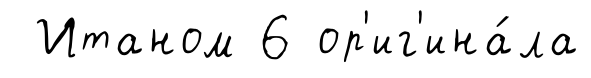
Итаном 6 ор'иг'ина́ла